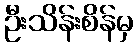
ဦးသိန်းစိန်မှ